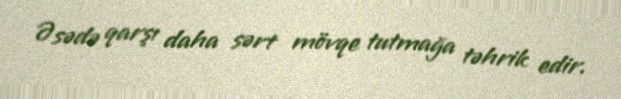
Əsədə qarşı daha sərt mövqe tutmağa təhrik edir.